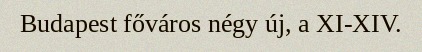
Budapest főváros négy új, a XI-XIV.